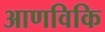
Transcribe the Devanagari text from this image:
आणविकि